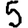
Digit: 5